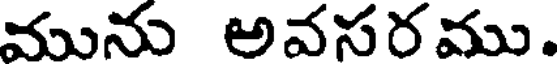
మును అవసరము.